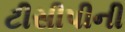
ટીસીપીની